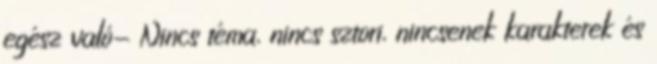
egész való- Nincs téma, nincs sztori, nincsenek karakterek és